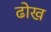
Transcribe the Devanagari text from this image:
ढोख